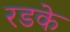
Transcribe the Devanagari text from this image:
रडके